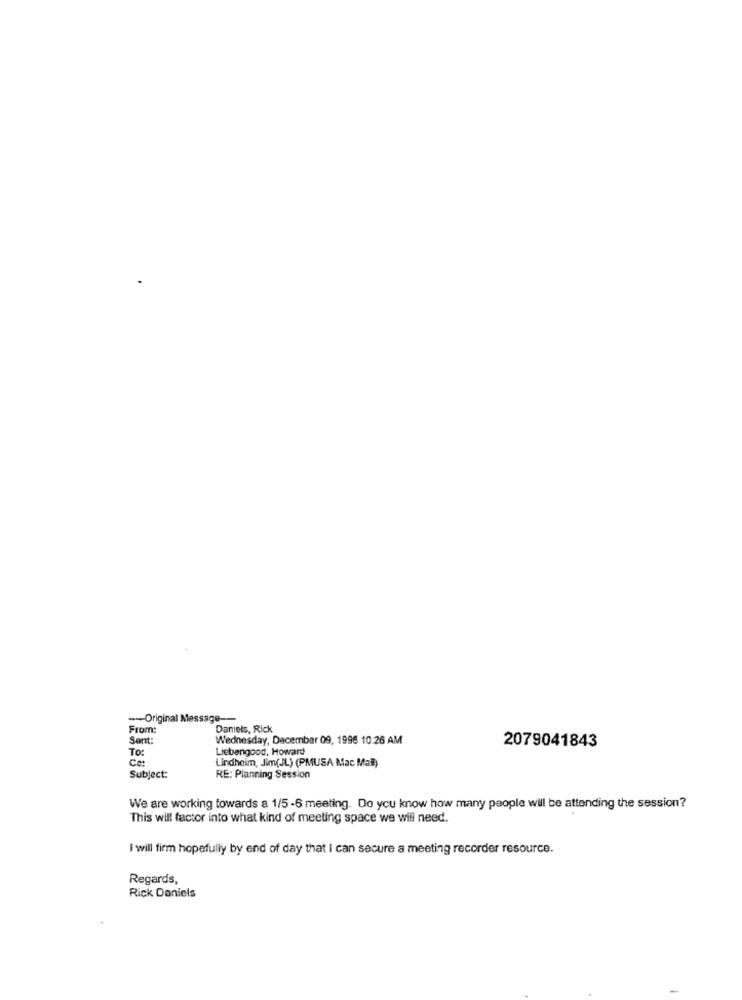
-- Original Message --
From:
Daniels, Rick
Sont:
Wednesday, December 09, 1996 10:26 AM
2079041843
TO:
Liebengood. Howard
Lindholm, Jim(JL) (PMUSA Mac Mail)
Subject:
RE: Planning Session
We are working towards a 1/5 -6 meeting. Do you know how many people will be attending the session?
This will factor into what kind of meeting space we will need.
I will firm hopefully by end of day that i can secure a meeting recorder resource.
Regards,
Rick Daniels